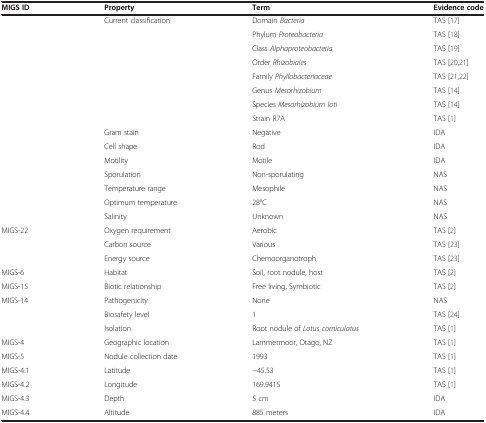
| MIGS ID | Property | Term | Evidence code |
 | --- | --- | --- | --- |
 | <ROWSPAN=8>  | <ROWSPAN=8> Current classification | Domain Bacteria | TAS [17] |
 | Phylum Proteobacteria | TAS [18] |
 | Class Alphaproteobacteria | TAS [19] |
 | Order Rhizobiales | TAS [20,21] |
 | Family Phyllobacteriaceae | TAS [21,22] |
 | Genus Mesorhizobium | TAS [14] |
 | Species Mesorhizobium loti | TAS [14] |
 | Strain R7A | TAS [1] |
 |  | Gram stain | Negative | IDA |
 |  | Cell shape | Rod | IDA |
 |  | Motility | Motile | IDA |
 |  | Sporulation | Non-sporulating | NAS |
 |  | Temperature range | Mesophile | NAS |
 |  | Optimum temperature | 28°C | NAS |
 |  | Salinity | Unknown | NAS |
 | MIGS-22 | Oxygen requirement | Aerobic | TAS [2] |
 |  | Carbon source | Various | TAS [23] |
 |  | Energy source | Chemoorganotroph | TAS [23] |
 | MIGS-6 | Habitat | Soil, root nodule, host | TAS [2] |
 | MIGS-15 | Biotic relationship | Free living, Symbiotic | TAS [2] |
 | MIGS-14 | Pathogenicity | None | NAS |
 |  | Biosafety level | 1 | TAS [24] |
 |  | Isolation | Root nodule of Lotus corniculatus | TAS [1] |
 | MIGS-4 | Geographic location | Lammermoor, Otago, NZ | TAS [1] |
 | MIGS-5 | Nodule collection date | 1993 | TAS [1] |
 | MIGS-4.1 | Latitude | -45.53 | TAS [1] |
 | MIGS-4.2 | Longitude | 169.9415 | TAS [1] |
 | MIGS-4.3 | Depth | 5 cm | IDA |
 | MIGS-4.4 | Altitude | 885 meters | IDA |